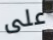
على